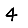
Digit: 4